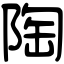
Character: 陶